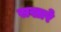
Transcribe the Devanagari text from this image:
सखारे